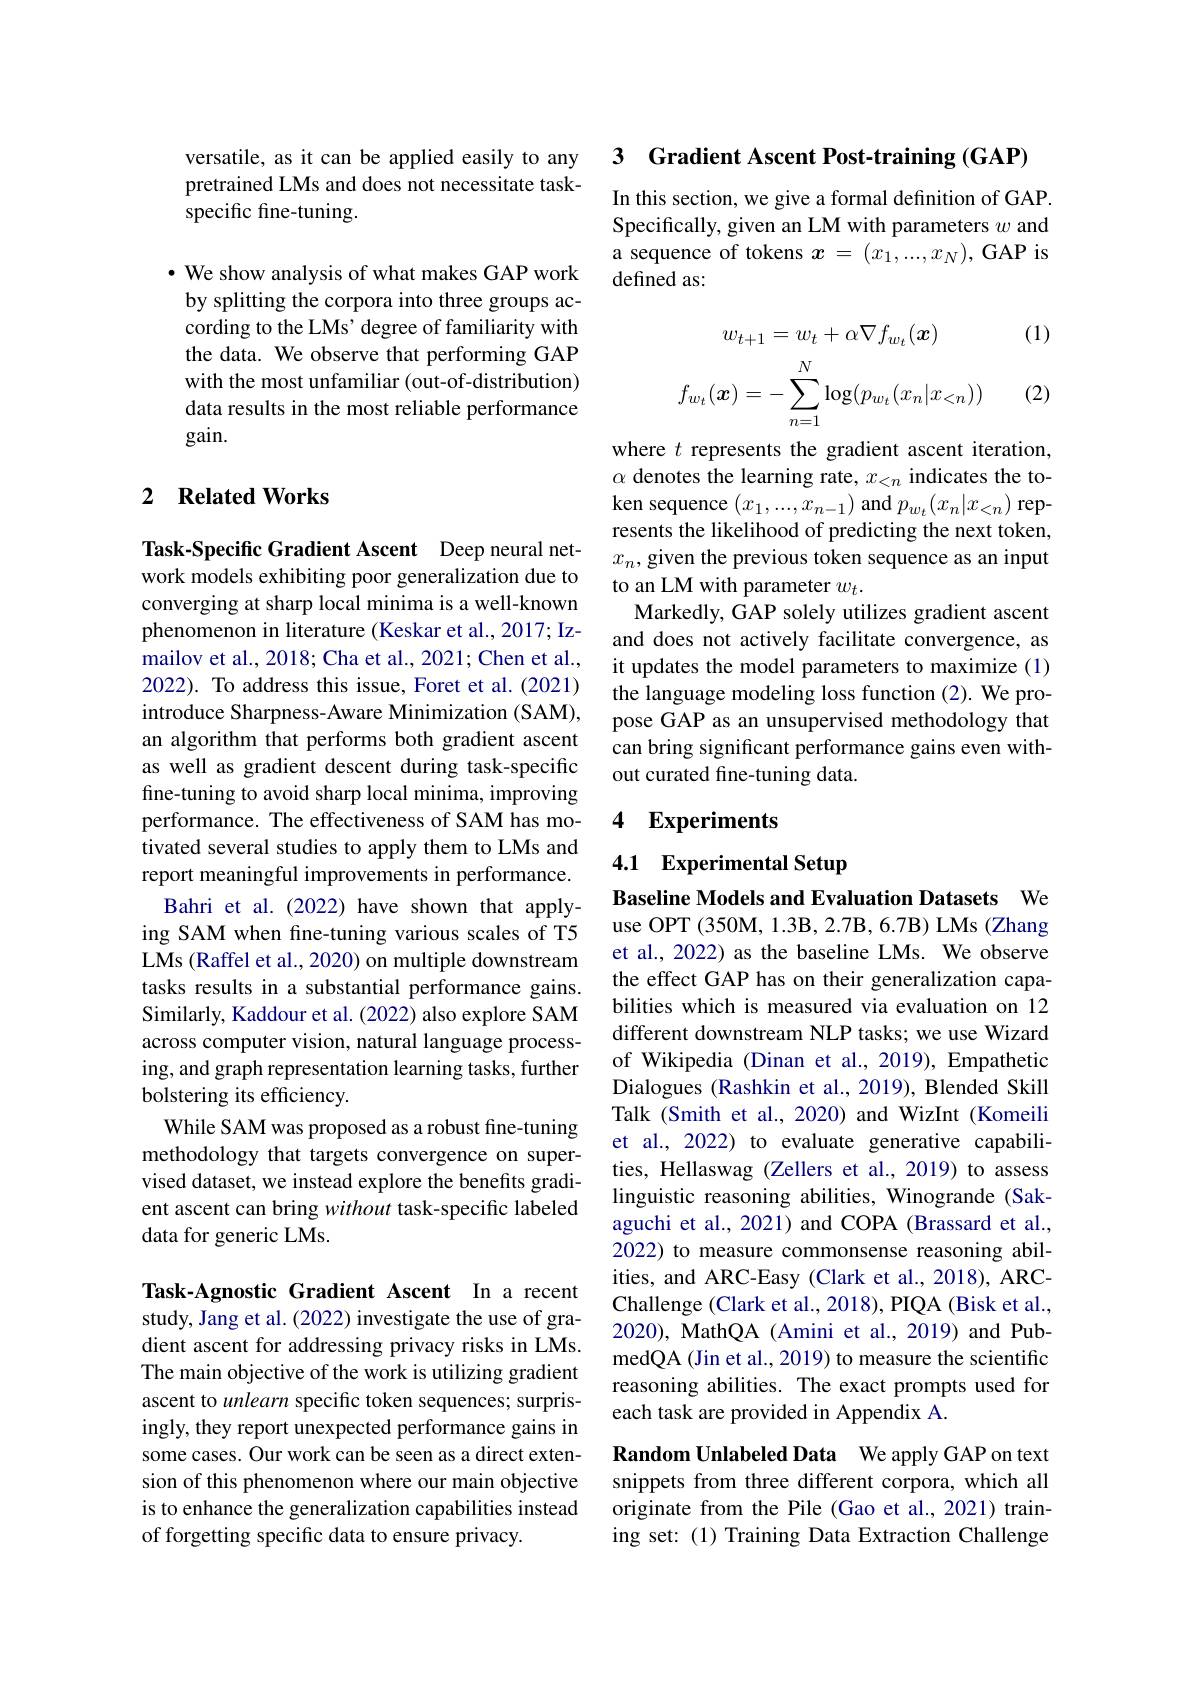
versatile, as it can be applied easily to any pretrained LMs and does not necessitate taskspecific fine-tuning.

$\cdot$ We show analysis of what makes GAP work by splitting the corpora into three groups according to the LMs' degree of familiarity with the data. We observe that performing GAP with the most unfamiliar (out-of-distribution) data results in the most reliable performance gain.

## 2 $\textbf{Related Works}$

Task-Specific Gradient Ascent Deep neural network models exhibiting poor generalization due to converging at sharp local minima is a well-known phenomenon in literature (Keskar et al., 2017; Izmailov et al., 2018; Cha et al., 2021; Chen et al., 2022). To address this issue, Foret et al.(2021) introduce Sharpness-Aware Minimization (SAM), an algorithm that performs both gradient ascent as well as gradient descent during task-specific fine-tuning to avoid sharp local minima, improving performance. The effectiveness of SAM has motivated several studies to apply them to LMs and report meaningful improvements in performance. Bahri et al.(2022) have shown that applying SAM when fne-tuning various scales of T5 LMs (Raffel et al., 2020) on multiple downstream tasks results in a substantial performance gains. Similarly, Kaddour et al. (2022) also explore SAM across computer vision, natural language processing, and graph representation learning tasks, further bolstering its efficiency.
While SAM was proposed as a robust fine-tuning methodology that targets convergence on supervised dataset, we instead explore the benefits gradient ascent can bring without task-specific labeled data for generic LMs.

Task-Agnostic Gradient Ascent In a recent study, Jang et al. (2022) investigate the use of gradient ascent for addressing privacy risks in LMs. The main objective of the work is utilizing gradient ascent to unlearn specific token sequences; surprisingly, they report unexpected performance gains in some cases. Our work can be seen as a direct extension of this phenomenon where our main objective is to enhance the generalization capabilities instead of forgetting specific data to ensure privacy.

3 Gradient Ascent Post-training (GAP)

In this section, we give a formal definition of GAP. Specifically, given an LM with parameters $w$ and a sequence of tokens $x=(x_1,...,x_N)$, GAP is defined as:

(1)
$$w_{t+1}=w_t+\alpha\nabla f_{w_t}(\boldsymbol{x})$$
$$f_{w_t}(\boldsymbol{x})=-\sum_{n=1}^N\log(p_{w_t}(x_n|x_{<n}))$$
(2)

where $t$ represents the gradient ascent iteration, $\alpha$ denotes the learning rate, $x_<n$ indicates the token sequence $(x_1,...,x_{n-1})$ and $p_w_t(x_n|x_{<n})$ represents the likelihood of predicting the next token, $x_n$,given the previous token sequence as an input to an LM with parameter $w_t.$
Markedly, GAP solely utilizes gradient ascent and does not actively facilitate convergence, as it updates the model parameters to maximize (1) the language modeling loss function (2). We propose GAP as an unsupervised methodology that can bring significant performance gains even without curated fine-tuning data.

### 4 Experiments

4.1 Experimental Setup

Baseline Models and Evaluation Datasets We

use OPT (350M, 1.3B, 2.7B, 6.7B) LMs (Zhang et al., 2022) as the baseline LMs. We observe the effect GAP has on their generalization capabilities which is measured via evaluation on 12 different downstream NLP tasks; we use Wizard of Wikipedia (Dinan et al., 2019), Empathetic Dialogues (Rashkin et al., 2019), Blended Skill Talk (Smith et al., 2020) and WizInt (Komeili et al., 2022) to evaluate generative capabilities, Hellaswag (Zellers et al., 2019) to assess linguistic reasoning abilities, Winogrande (Sakaguchi et al., 2021) and COPA (Brassard et al., 2022) to measure commonsense reasoning abilities, and ARC-Easy (Clark et al., 2018), ARCChallenge (Clark et al., 2018), PIQA (Bisk et al., 2020), MathQA (Amini et al., 2019) and PubmedQA (Jin et al., 2019) to measure the scientific reasoning abilities. The exact prompts used for each task are provided in Appendix A.

Random Unlabeled Data We apply GAP on text snippets from three different corpora, which all originate from the Pile (Gao et al., 2021) training set:(1) Training Data Extraction Challenge